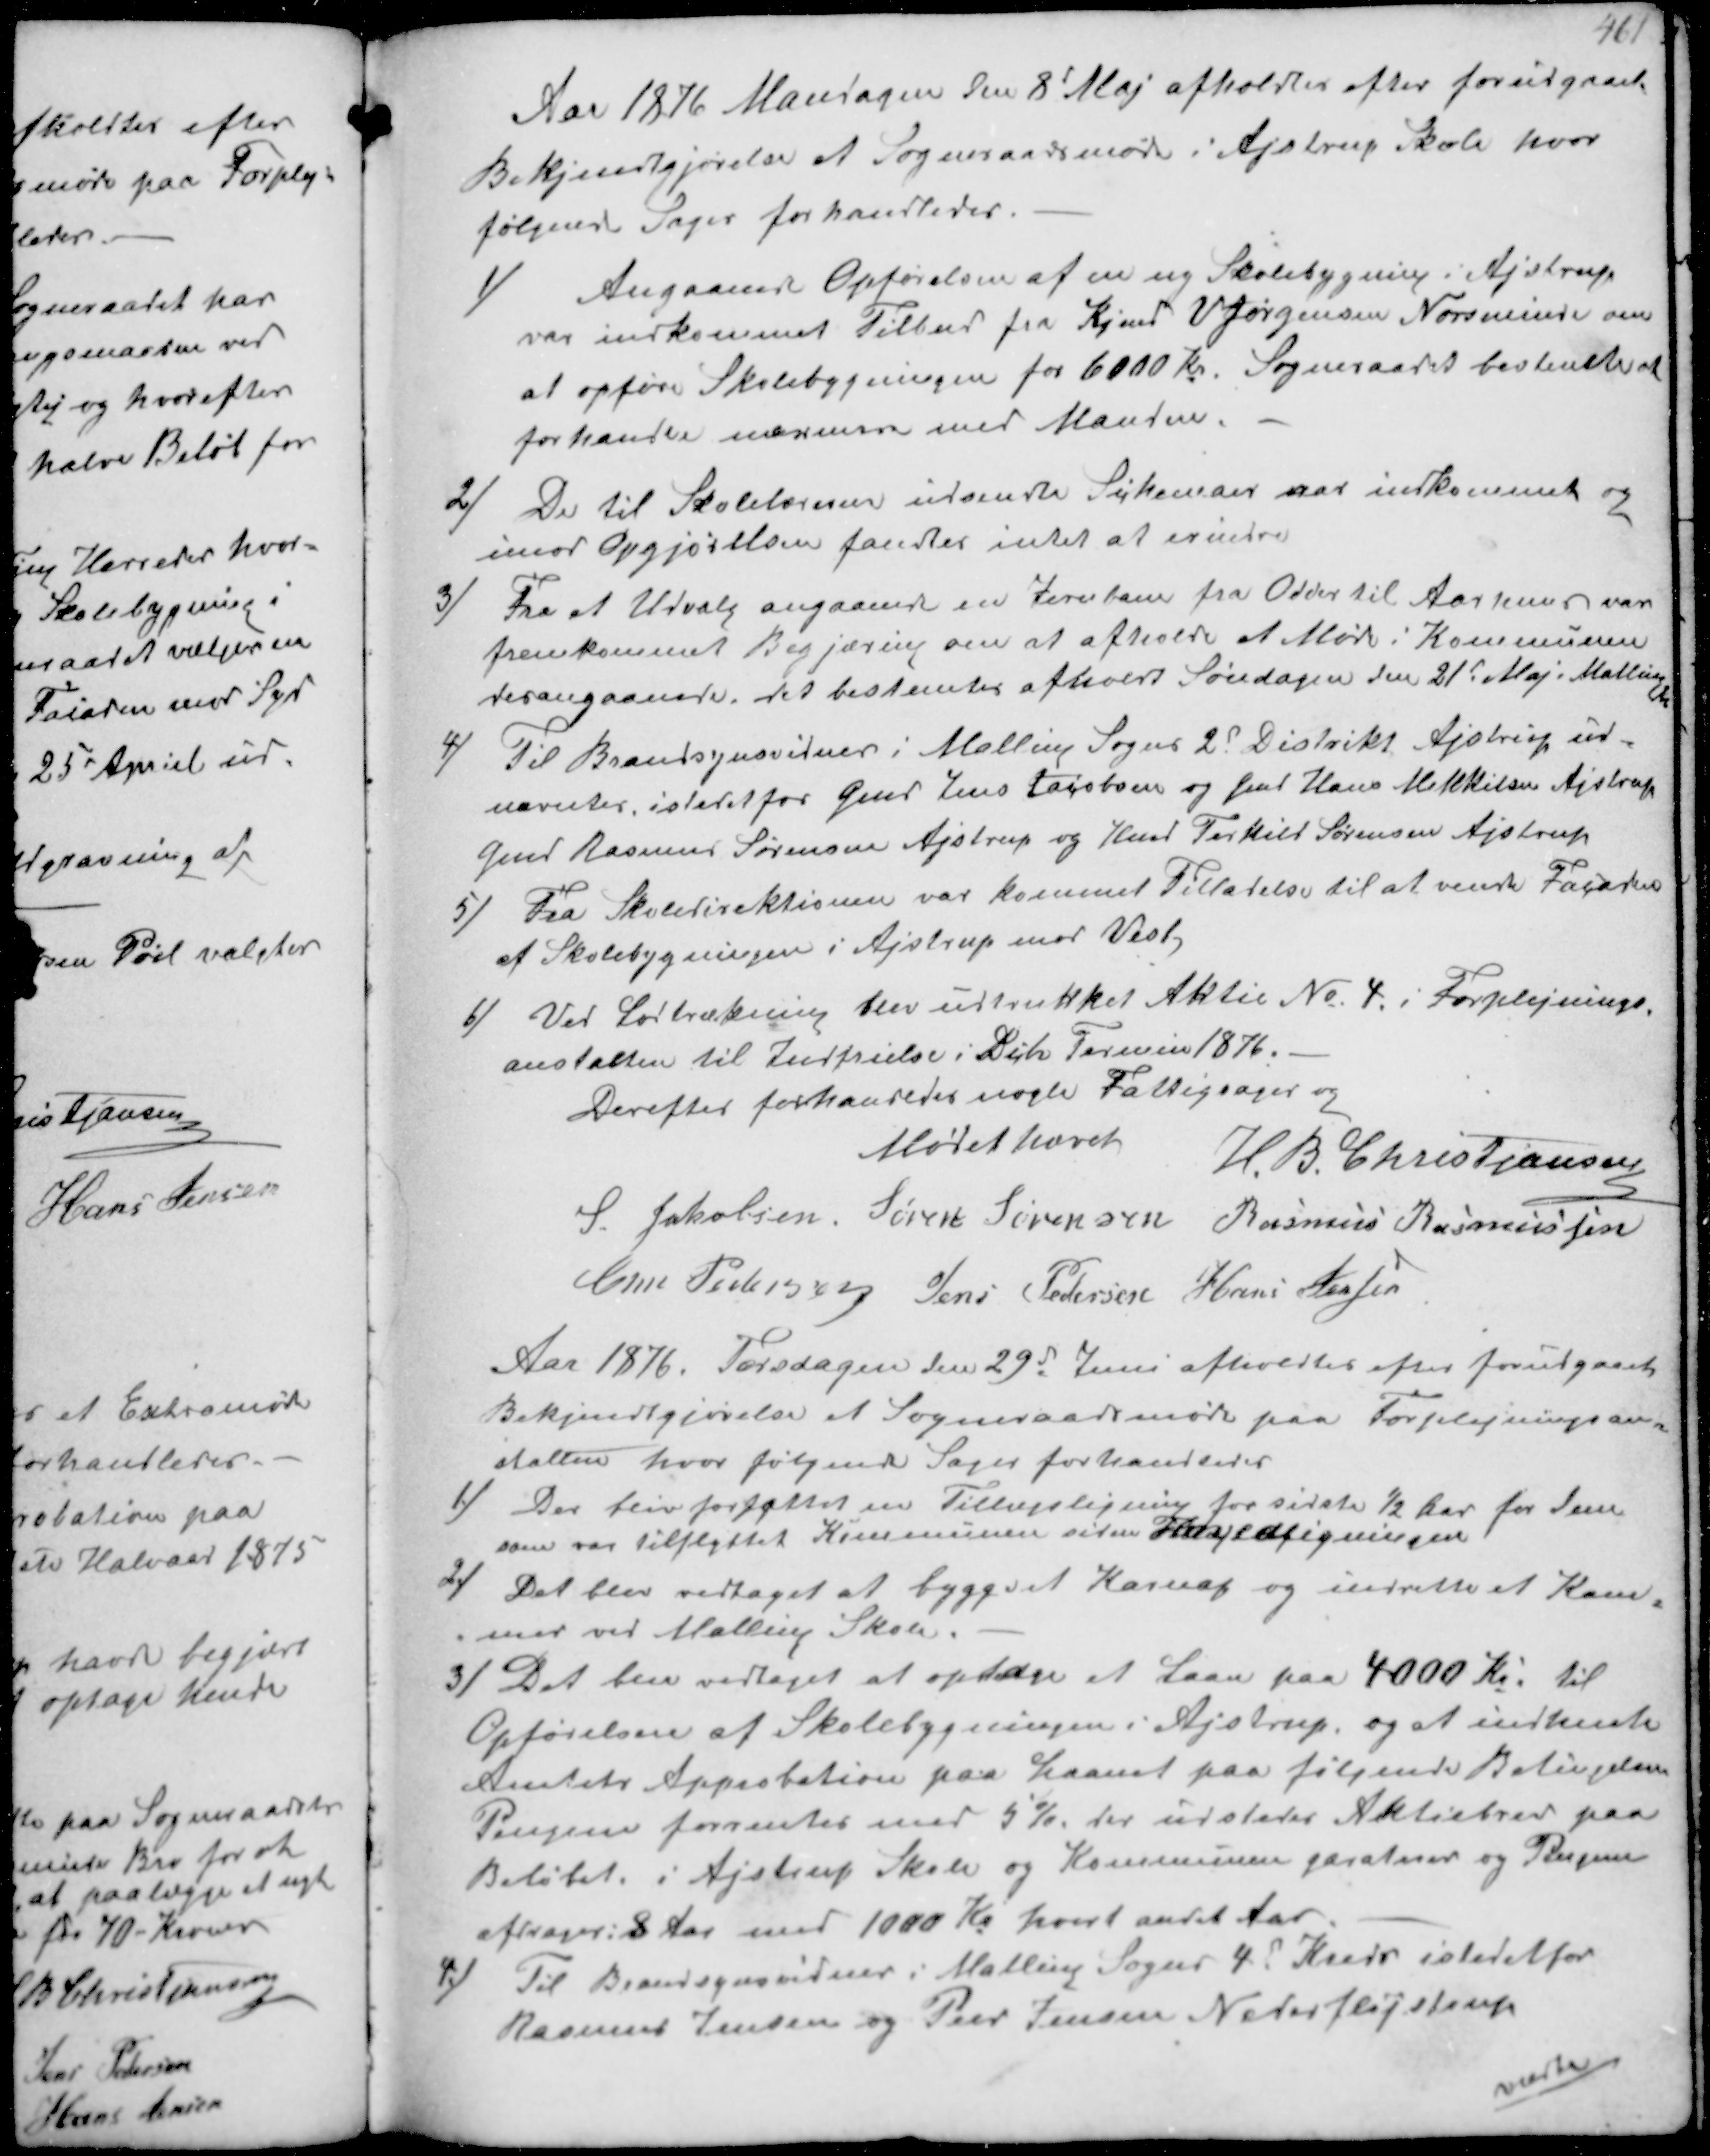
Transskription:
Aar 1876 Mandagen den 8d Maj afholdtes efter forudgaaet
Bekjendtgjørelse et Sogneraadsmøde i Ajstrup Skole hvor
følgende Sager forhandledes.
1/ Angaaende Opførelsen af en ny Skolebygning i Ajstrup
var indkommet Tilbud fra Kjmd V Jørgensen Norsminde om
at opføre Skolebygningen for 6000 Kr. Sogneraadet bestemte at
forhandte nærmere med Manden.
2/ De til Skolelæreren udsendte Skemaer var indkommet og
imod Opgjørelsen fandtes intet at erindre
3/ Fra et Udvalg angaaende en Jernbane fra Odder til Aarhuus var
fremkommet Begjæring om at afholde et Møde i Kommunen
desangaaende, det bestemtes afholdt Søndagen den 21d Maj. Malling
4/ Til Brandsynsvidner i Malling Sogns 2d Distrikt Ajstrup ud-
nævntes istedetfor Gmd Jens Jacobsen og Gmd Hans Mikkelsen Ajstrup
Gmd Rasmus Sørensen Ajstrup og Hmd Terkild Sørensen Ajstrup
5/ Fra Skoledirektisnen var kommet Tilladelse til at vende Facaden
af Skolebygningen i Ajstrup mod Vest
6/ Ved Lodtrækning blev udtrukket Aktie No 4. i Forplejnings-
anstalten til Indfrielse i Dcb Termin 1876.
Derefter forhandledes nogle Fattigsager og
Mødet hævet
H.B. Christiansen
S Jakobsen Sører Sørensen Rasmus Rasmussen
Chr Pedersen Jens Pedersen Hans Jensen

Aar 1876. Torsdagen den 29d Juni afholdtes efter forudgaaet
Bekjendtgjørelse et Sogneraadsmøde paa Forplejningsan-
stalten hvor følgende Sager forhandledes
1/ Der blev forfattet en Tillægsligning for sidste ½ Aar for dem
som var tilflyttet Kommunen siden Hovedligningen
2/ Det blev vedtaget at bygge et Karnap og indrette et Kam-
mer ved Malling Skole.
3/Det blev vedtages at optage et Laan paa 4000 Kr. til
Opførelsen af Skolebygningen i Ajstrup, og at indhente
Amtets Approbation paa Laanet paa følgende Betingelse
Pengene forrentes med 5% der udstedes Aktiebrev paa
Beløbet i Ajstrup Skole og Kommunen garanterer og Pengene
afdrages i 8 Aar med 1000 Kr hvert andet Aar
4/ Til Brandsynsvidner i Malling Sogns 4d Kreds istedetfor
Rasmus Jensen og Peer Jensen Nederfløjstrup
næste